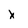
Character: X